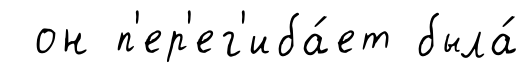
он п'ер'ег'иба́ет была́